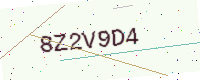
Text: 8Z2V9D4